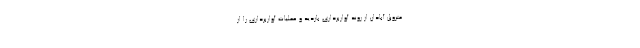
متروپل آبادان از روند آواربرداری بازدید و عملیات آواربرداری را از